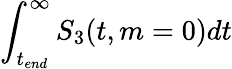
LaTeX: \int_{t_{end}}^{\infty}S_{3}(t,m=0)dt